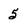
Character: 5